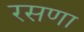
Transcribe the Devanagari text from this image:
रसणा